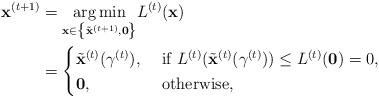
LaTeX: \begin{align*}\mathbf{x}^{(t+1)} & =\underset{\mathbf{x}\in\left\{ \tilde{\mathbf{x}}^{(t+1)},\mathbf{0}\right\} }{\arg\min}L^{(t)}(\mathbf{x}) \\ & =\begin{cases}\tilde{\mathbf{x}}^{(t)}(\gamma^{(t)}), & \textrm{ if }L^{(t)}(\tilde{\mathbf{x}}^{(t)}(\gamma^{(t)}))\leq L^{(t)}(\mathbf{0})=0,\\\mathbf{0}, & \textrm{ otherwise, }\end{cases}\end{align*}